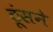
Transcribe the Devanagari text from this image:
ठूंसने